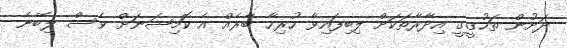
ދަށުން ތަހުގީގީ އިދާރާތަކަށް ލިބިފައިވާ ހުރިހާ ބާރެއް އެ ކޮމިޝަނަށް ވެސް ލިބޭނެ